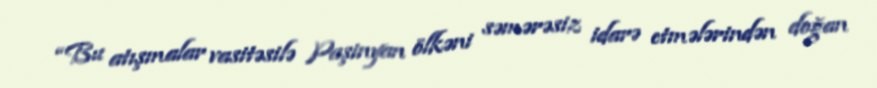
“Bu atışmalar vasitəsilə Paşinyan ölkəni səmərəsiz idarə etmələrindən doğan